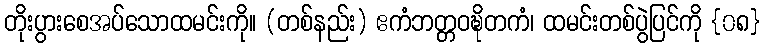
တိုးပွားစေအပ်သောထမင်းကို။ (တစ်နည်း) ဧကံဘတ္တဝဍ္ဎိတကံ၊ ထမင်းတစ်ပွဲပြင်ကို {၀၈}